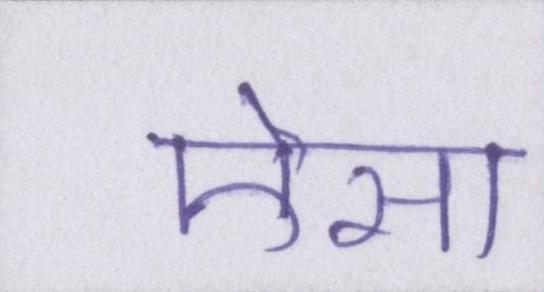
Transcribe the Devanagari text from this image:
ऎसा